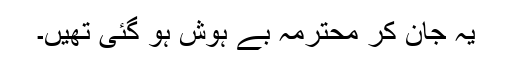
یہ جان کر محترمہ بے ہوش ہو گئی تھیں۔